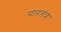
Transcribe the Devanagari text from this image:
पारतंत्र